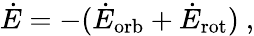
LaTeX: \dot{E}=-(\dot{E}_{\mathrm{orb}}+\dot{E}_{\mathrm{rot}})\ ,